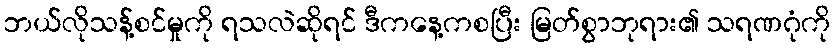
ဘယ်လိုသန့်စင်မှုကို ရသလဲဆိုရင် ဒီကနေ့ကစပြီး မြတ်စွာဘုရား၏ သရဏဂုံကို